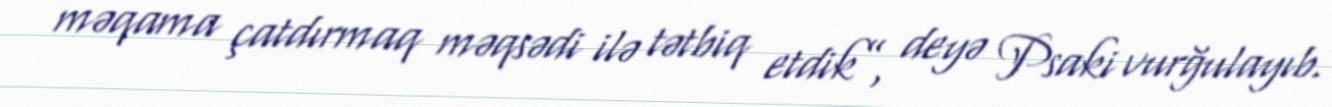
məqama çatdırmaq məqsədi ilə tətbiq etdik”, deyə Psaki vurğulayıb.